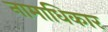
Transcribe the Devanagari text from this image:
नामाधिकार